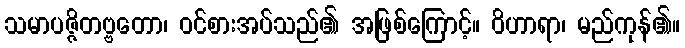
သမာပဇ္ဇိတဗ္ဗတော၊ ဝင်စားအပ်သည်၏ အဖြစ်ကြောင့်။ ဝိဟာရာ၊ မည်ကုန်၏။